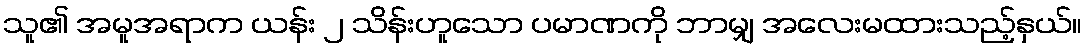
သူ၏ အမူအရာက ယန်း ၂ သိန်းဟူသော ပမာဏကို ဘာမျှ အလေးမထားသည့်နှယ်။